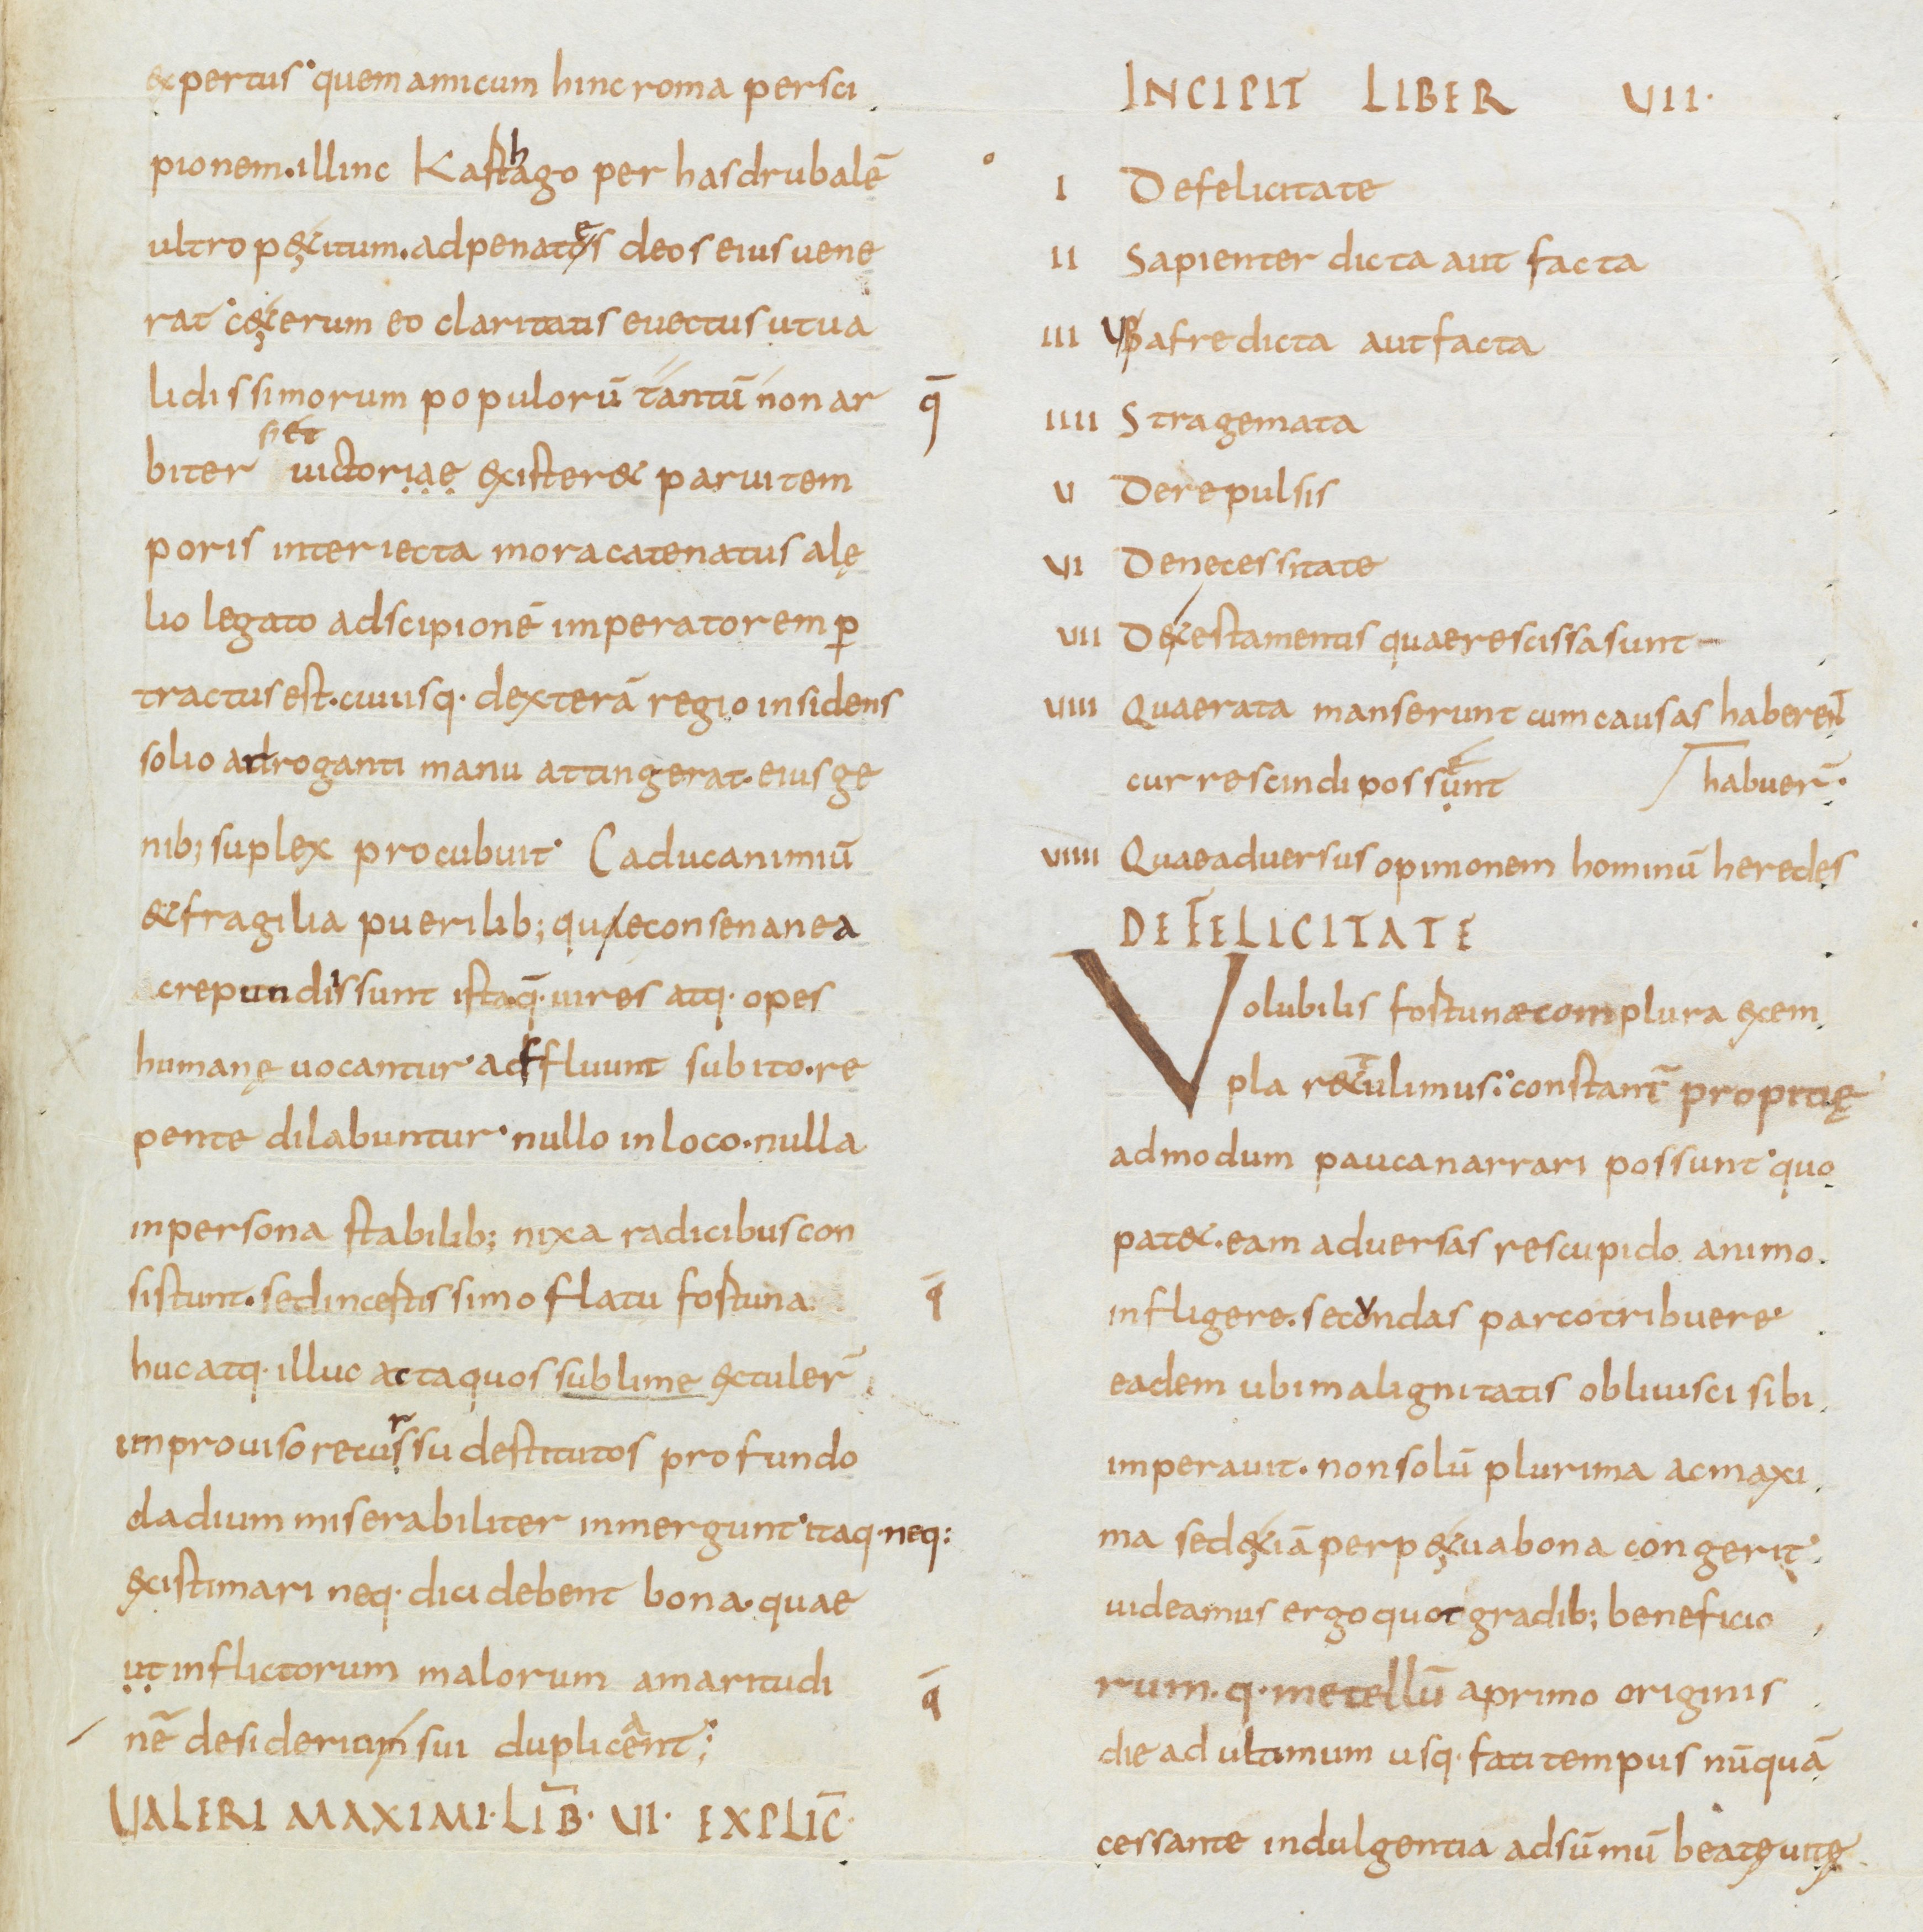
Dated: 834–866